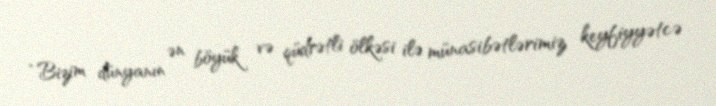
“Bizim dünyanın ən böyük və qüdrətli ölkəsi ilə münasibətlərimiz keyfiyyətcə